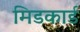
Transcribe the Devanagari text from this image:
मिडकार्ड